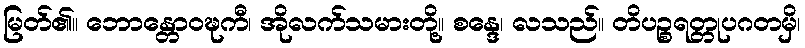
မြတ်၏။ ဘောန္တောဝဍ္ဎကီ၊ အိုလက်သမားတို့။ စန္ဒေ၊ လသည်။ တိပဉ္စရတ္တုပဂတမှိ၊